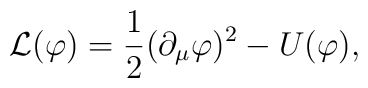
\mathcal{L}(\varphi)  =  {1 \over 2}({\partial_{\mu}\varphi})^2 - U(\varphi) ,